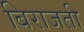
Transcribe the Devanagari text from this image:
बिराजती